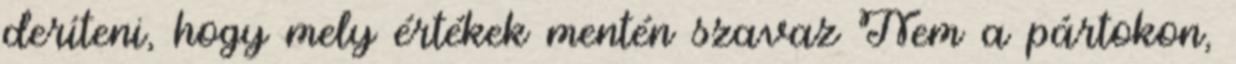
deríteni, hogy mely értékek mentén szavaz Nem a pártokon,